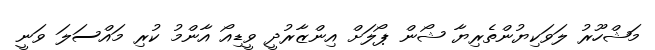
މަޝްހޫރު ލަވަކިޔުންތެރިޔާ ޝޯން ޕޯލަށް އިންޒާރުދީ ވީޑިއޯ އާންމު ކުރި މައްސަލަ ވަނީ